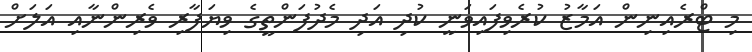
މި ޓްރެއިނިން އަމާޒު ކުރެވިފައިވަނީ ކުދި އަދި މެދުފަންތީގެ ވިޔަފާރި ވެރިންނާއި އަލަށް